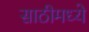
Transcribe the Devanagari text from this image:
साठीमध्ये